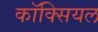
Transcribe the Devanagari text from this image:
कॉक्सियल